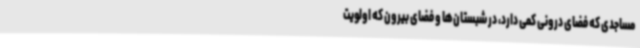
مساجدی که فضای درونی کمی دارد، در شبستان‌ها و فضای بیرون که اولویت